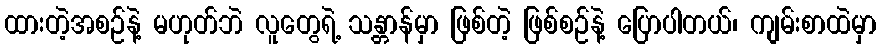
ထားတဲ့အစဉ်နဲ့ မဟုတ်ဘဲ လူတွေရဲ့ သန္တာန်မှာ ဖြစ်တဲ့ ဖြစ်စဉ်နဲ့ ပြောပါတယ်၊ ကျမ်းစာထဲမှာ